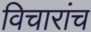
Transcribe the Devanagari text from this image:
विचारांच